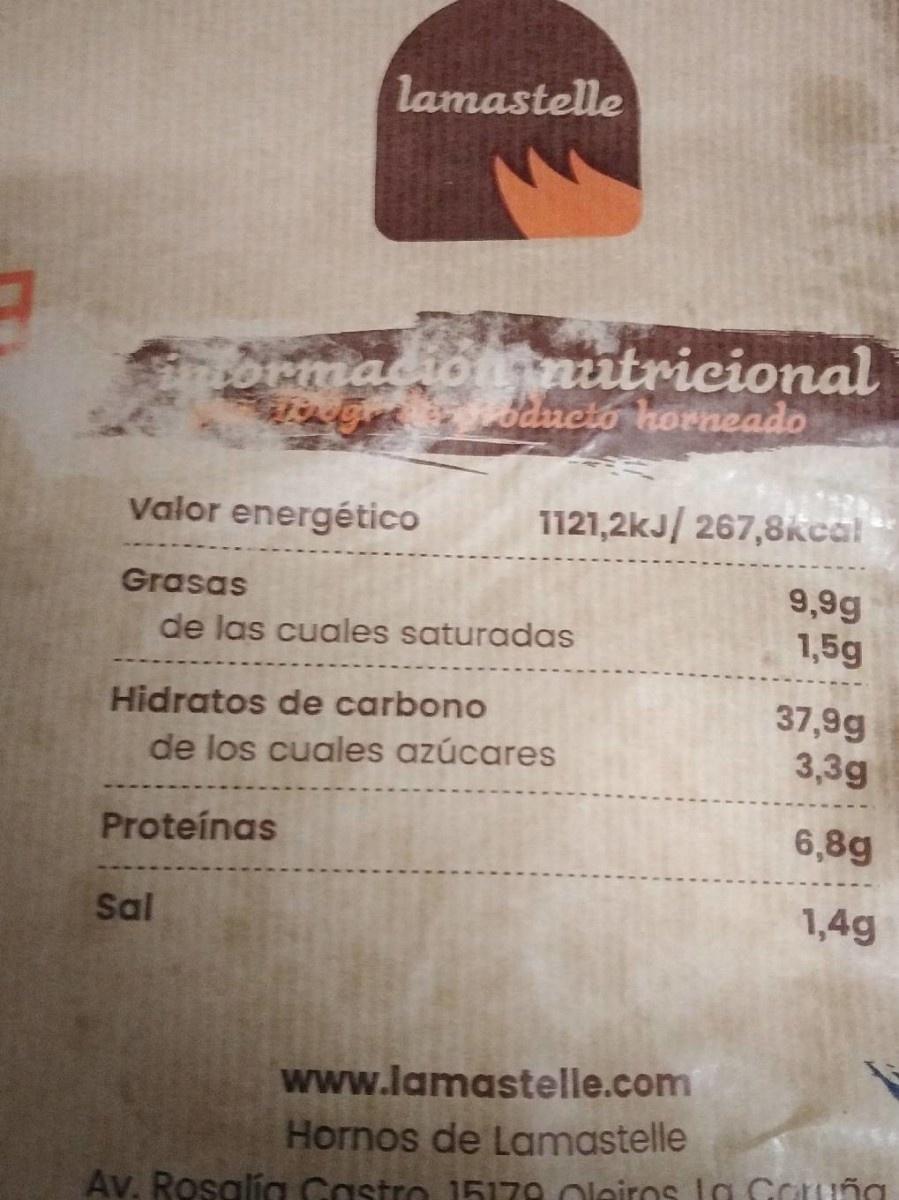
lamastelle
mormadionnutricional Gr oducto horneado
Valor energético
1121,2kJ/ 267,8kcal
Grasas
9,9g 1,5g
de las cuales saturadas
Hidratos de carbono de los cuales azúcares
37,9g 3,3g
Proteínas
6,8g
Sal
1,4g
www.lamastelle.com Hornos de Lamastelle
Av. Rosalí Castro 15179. Oleiros la Goruña